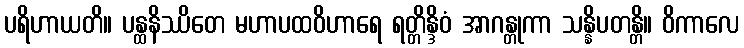
ပရိဟာယတိ။ ပန္ထနိဿိတေ မဟာပထဝိဟာရေ ရတ္တိန္ဒိဝံ အာဂန္တုကာ သန္နိပတန္တိ။ ဝိကာလေ